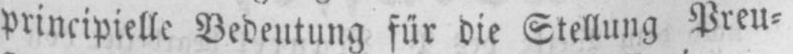
principielle Bedeutung für die Stellung Preu⸗